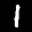
Label: 1